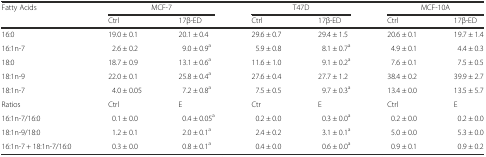
<table><thead><tr><td rowspan="2"><b>Fatty Acids</b></td><td colspan="2"><b>MCF-7</b></td><td colspan="2"><b>T47D</b></td><td colspan="2"><b>MCF-10A</b></td></tr><tr><td><b>Ctrl</b></td><td><b>17β-ED</b></td><td><b>Ctrl</b></td><td><b>17β-ED</b></td><td><b>Ctrl</b></td><td><b>17β-ED</b></td></tr></thead><tbody><tr><td>16:0</td><td>19.0 ± 0.1</td><td>20.1 ± 0.4</td><td>29.6 ± 0.7</td><td>29.4 ± 1.5</td><td>20.6 ± 0.1</td><td>19.7 ± 1.4</td></tr><tr><td>16:1n-7</td><td>2.6 ± 0.2</td><td>9.0 ± 0.9<sup>a</sup></td><td>5.9 ± 0.8</td><td>8.1 ± 0.7<sup>a</sup></td><td>4.9 ± 0.1</td><td>4.4 ± 0.3</td></tr><tr><td>18:0</td><td>18.7 ± 0.9</td><td>13.1 ± 0.6<sup>a</sup></td><td>11.6 ± 1.0</td><td>9.1 ± 0.2<sup>a</sup></td><td>7.6 ± 0.1</td><td>7.5 ± 0.5</td></tr><tr><td>18:1n-9</td><td>22.0 ± 0.1</td><td>25.8 ± 0.4<sup>a</sup></td><td>27.6 ± 0.4</td><td>27.7 ± 1.2</td><td>38.4 ± 0.2</td><td>39.9 ± 2.7</td></tr><tr><td>18:1n-7</td><td>4.0 ± 0.05</td><td>7.2 ± 0.8<sup>a</sup></td><td>7.5 ± 0.5</td><td>9.7 ± 0.3<sup>a</sup></td><td>13.4 ± 0.0</td><td>13.5 ± 5.7</td></tr><tr><td>Ratios</td><td>Ctrl</td><td>E</td><td>Ctr</td><td>E</td><td>Ctrl</td><td>E</td></tr><tr><td>16:1n-7/16:0</td><td>0.1 ± 0.0</td><td>0.4 ± 0.05<sup>a</sup></td><td>0.2 ± 0.0</td><td>0.3 ± 0.0<sup>a</sup></td><td>0.2 ± 0.0</td><td>0.2 ± 0.0</td></tr><tr><td>18:1n-9/18:0</td><td>1.2 ± 0.1</td><td>2.0 ± 0.1<sup>a</sup></td><td>2.4 ± 0.2</td><td>3.1 ± 0.1<sup>a</sup></td><td>5.0 ± 0.0</td><td>5.3 ± 0.0</td></tr><tr><td>16:1n-7 + 18:1n-7/16:0</td><td>0.3 ± 0.0</td><td>0.8 ± 0.1<sup>a</sup></td><td>0.4 ± 0.0</td><td>0.6 ± 0.0<sup>a</sup></td><td>0.9 ± 0.1</td><td>0.9 ± 0.2</td></tr></tbody></table>